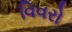
વિવરો